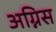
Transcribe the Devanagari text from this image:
अग्निस